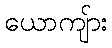
ယောကျ်ား